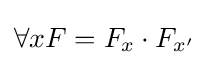
\forall xF=F_{x}\cdot F_{x'}